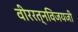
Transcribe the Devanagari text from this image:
वीररत्नविजयजी